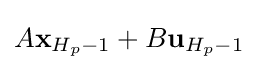
A\mathbf {x} _{H_{p}-1}+B\mathbf {u} _{H_{p}-1}